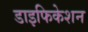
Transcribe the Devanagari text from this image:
डाइफिकेशन